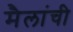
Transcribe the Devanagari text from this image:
मैलांची